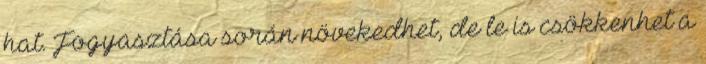
hat. Fogyasztása során növekedhet, de le is csökkenhet a